Vaccination in Bombay 1902-1912 - 1902-1912
Year: 1902
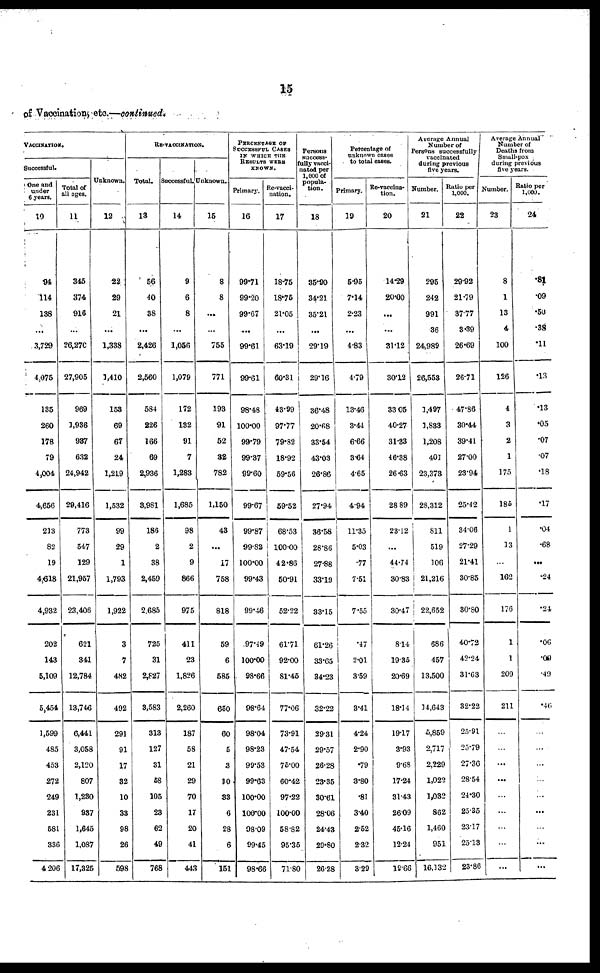
15
of Vaccination etc.—continued.
VACCINATION.
Successful.
One and
under
6 years.
10
94
114
188
...
3,729
4,075
135
260
178
79
4,004
4,656
213
82
19
4,618
4,932
202
143
5,109
5,454
1,599
485
453
272
249
231
581
336
4,206
Total of
all ages.
11
345
374
916
...
26,270
27,905
969
1,936
937
632
24,942
29,416
773
547
129
21,957
23,406
621
341
12,784
13,746
6,441
3,058
2,120
807
1,230
937
1,645
1,087
17,325
Unknown.
12
22
29
21
...
1,338
1,410
153
69
67
24
1,219
1,532
99
29
1
1,793
1,922
3
7
482
492
291
91
17
32
10
33
98
26
598
RE-VACCINATION.
Total.
13
56
40
38
...
2,426
2,560
584
226
166
69
2,936
3,981
186
2
38
2,459
2,685
725
31
2,827
3,583
313
127
31
58
105
23
62
49
768
Successful.
14
9
6
8
...
1,056
1,079
172
132
91
7
1,283
1,685
98
2
9
866
975
411
23
1,826
2,260
187
58
21
29
70
17
20
41
443
Unknown.
15
8
8
...
...
755
771
193
91
52
32
782
1,150
43
...
17
758
818
59
6
585
650
60
5
3
10
33
6
28
6
151
PERCENTAGE OF
SUCCESSFUL CASES
IN WHICH THE
RESULTS WERE
KNOWN.
Primary.
16
99.71
99.20
99.67
...
99.61
99.61
98.48
100.00
99.79
99.37
99.60
99.67
99.87
99.82
100.00
99.43
99.46
97.49
100.00
98.66
98.64
98.04
98.23
99.53
99.63
100.00
100.00
08.09
99.45
98.66
Re-vacci-
nation.
17
18.75
18.75
21.05
...
63.19
60.31
43.99
97.77
79.82
18.92
59.56
59.52
68.53
100.00
42.86
50.91
52.22
61.71
92.00
81.45
77.06
73.91
47.54
75.00
60.42
97.22
100.00
58.82
95.35
71.80
Persons
success-
fully vacci-
nated per
1,000 of
popula-
tion.
18
35.90
34.21
35.21
...
29.19
29.16
36.48
20.68
33.54
43.03
26.86
27.94
36.58
28.86
27.88
33.19
33.15
61.26
33.65
34.23
32.22
29.31
29.57
26.28
23.35
30.61
28.06
24.43
29.80
26.28
Percentage of
unknown cases
to total cases.
Primary.
19
5.95
.14
2.23
...
4.83
4.79
13.46
3.44
6.66
3.64
4.65
4.94
11.35
5.03
.77
7.51
7.55
. 47
2.01
3.59
3.41
4.24
2.90
.79
3.80
.81
3.40
2.52
2.32
3.29
Re-vaccina-
tion.
20
14.29
20.00
...
...
31.12
30.12
33.05
40.27
31.33
46.38
26.63
28.89
23.12
...
44.74
30.83
30.47
8.14
19.35
20.69
18.14
19.17
3.93
9.68
17.24
31.43
26.09
45.16
12.24
19.66
Average Annual
Number of
Persons successfully
vaccinated
during previous
five years.
Number.
21
295
242
991
36
24,989
26,553
1,497
1,833
1,208
401
23,373
28,312
811
519
106
21,216
22,652
686
457
13,500
14,643
5,859
2,717
2,229
1,022
1,032
862
1,460
951
16,132
Ratio per
1,000.
22
29.92
21.79
37.77
3.39
26.69
26.71
47.86
30.44
39.41
27.00
23.94
25.42
34.06
27.29
21.41
30.85
30.80
40.72
42.24
31.63
32.22
25.91
25.79
27.36
28.54
24.30
25.35
23.17
25.13
23.86
Average Annual
Number of
Deaths from
Small-pox
during previous
five years.
Number.
23
8
1
13
4
100
126
4
3
2
1
175
185
1
13
...
162
176
1
1
209
211
...
...
...
...
...
...
...
...
...
Ratio per
1,000.
24
.81
.09
.50
.38
.11
.13
.13
.05
.07
.07
.18
.17
.04
.68
...
.24
.24
.06
.00
.49
.46
...
...
...
...
...
...
...
...
...